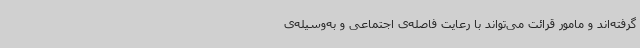
گرفته‌اند و مامور قرائت می‌تواند با رعایت فاصله‌ی اجتماعی و به‌وسیله‌ی